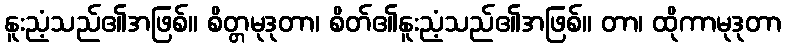
နူးညံ့သည်၏အဖြစ်။ စိတ္တမုဒုတာ၊ စိတ်၏နူးညံ့သည်၏အဖြစ်။ တာ၊ ထိုကာမုဒုတာ